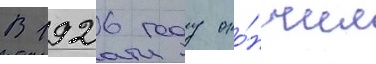
В 1926 году око́нчил